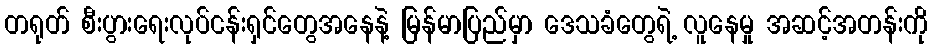
တရုတ် စီးပွားရေးလုပ်ငန်းရှင်တွေအနေနဲ့ မြန်မာပြည်မှာ ဒေသခံတွေရဲ့ လူနေမှု အဆင့်အတန်းကို